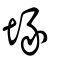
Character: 堟